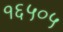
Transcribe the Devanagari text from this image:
१६५०५